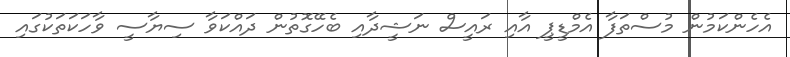
އެހެންކަމުން މުސްތަފާ އެމްޑީޕީ އާއި ރައީސް ނަޝީދާއި ބެހޭގޮތުން ދައްކަވާ ސިޔާސީ ވާހަކަތަކުގައި